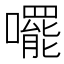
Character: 𫬘